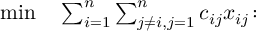
\begin{array} { r l r l } { \operatorname* { m i n } } & { { } \sum _ { i = 1 } ^ { n } \sum _ { j \neq i , j = 1 } ^ { n } c _ { i j } x _ { i j } \colon } & { } & { { } } \end{array}